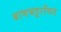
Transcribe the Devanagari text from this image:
बाणभट्टरचित